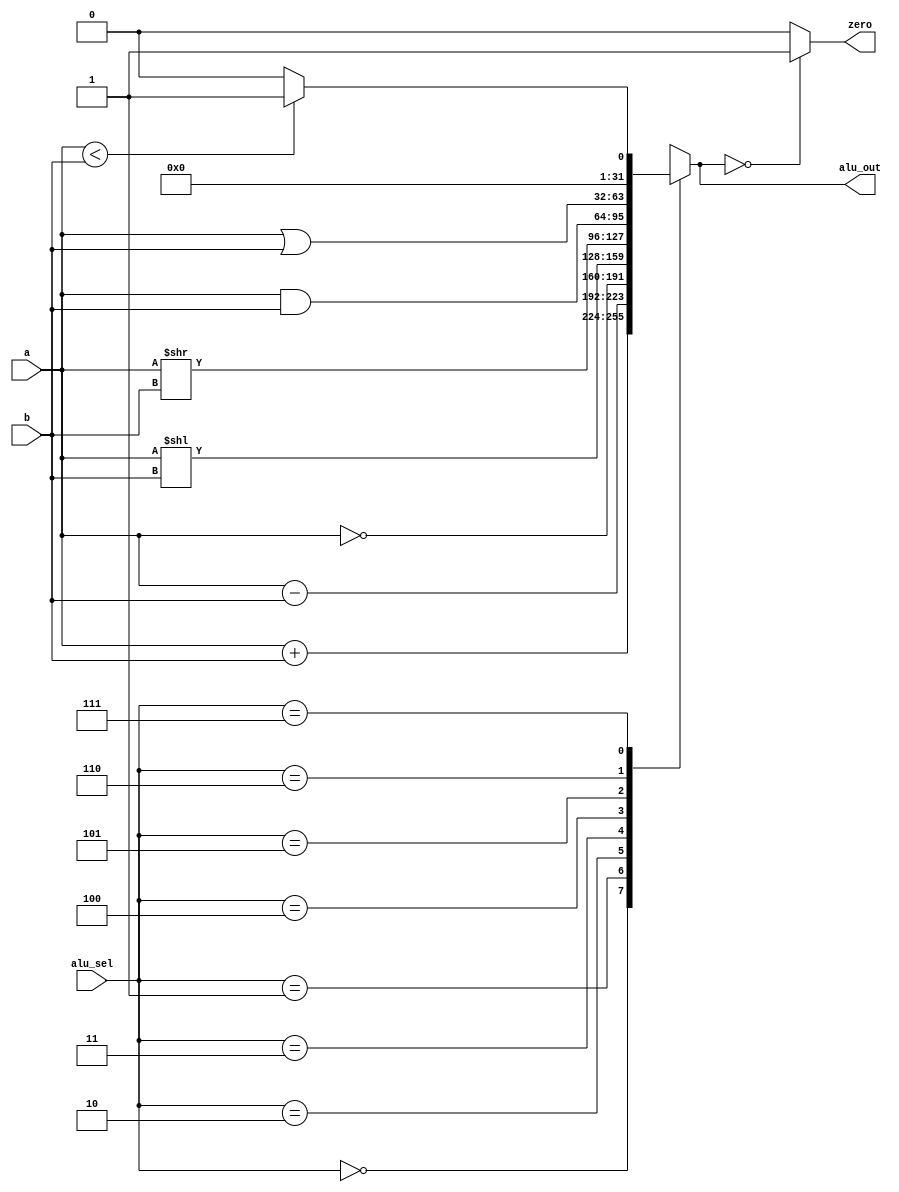
module ALU(a,b,alu_sel,alu_out,zero);
input [31:0] a,b; // inputs src1 and src2
input [2:0] alu_sel; // alu select / op
output reg [31:0] alu_out; // alu output result
output zero;
always @(*)
begin
case(alu_sel)
3'b000: alu_out = a + b; // ADD
3'b001: alu_out = a - b; // SUB
3'b010: alu_out = ~a; // INVERT
3'b011: alu_out = a<<b; // LSL
3'b100: alu_out = a>>b; // LSR
3'b101: alu_out = a & b; // bitwise AND
3'b110: alu_out = a | b; // bitwise OR
3'b111: begin if(a<b) begin alu_out = 32'd1; end
              else begin alu_out = 32'd0; end
        end // SLT
default: alu_out = a + b; // ADD
endcase
end

assign zero = (alu_out == 32'd0) ? 1'b1: 1'b0;
endmodule